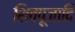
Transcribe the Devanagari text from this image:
शिवपूजादि